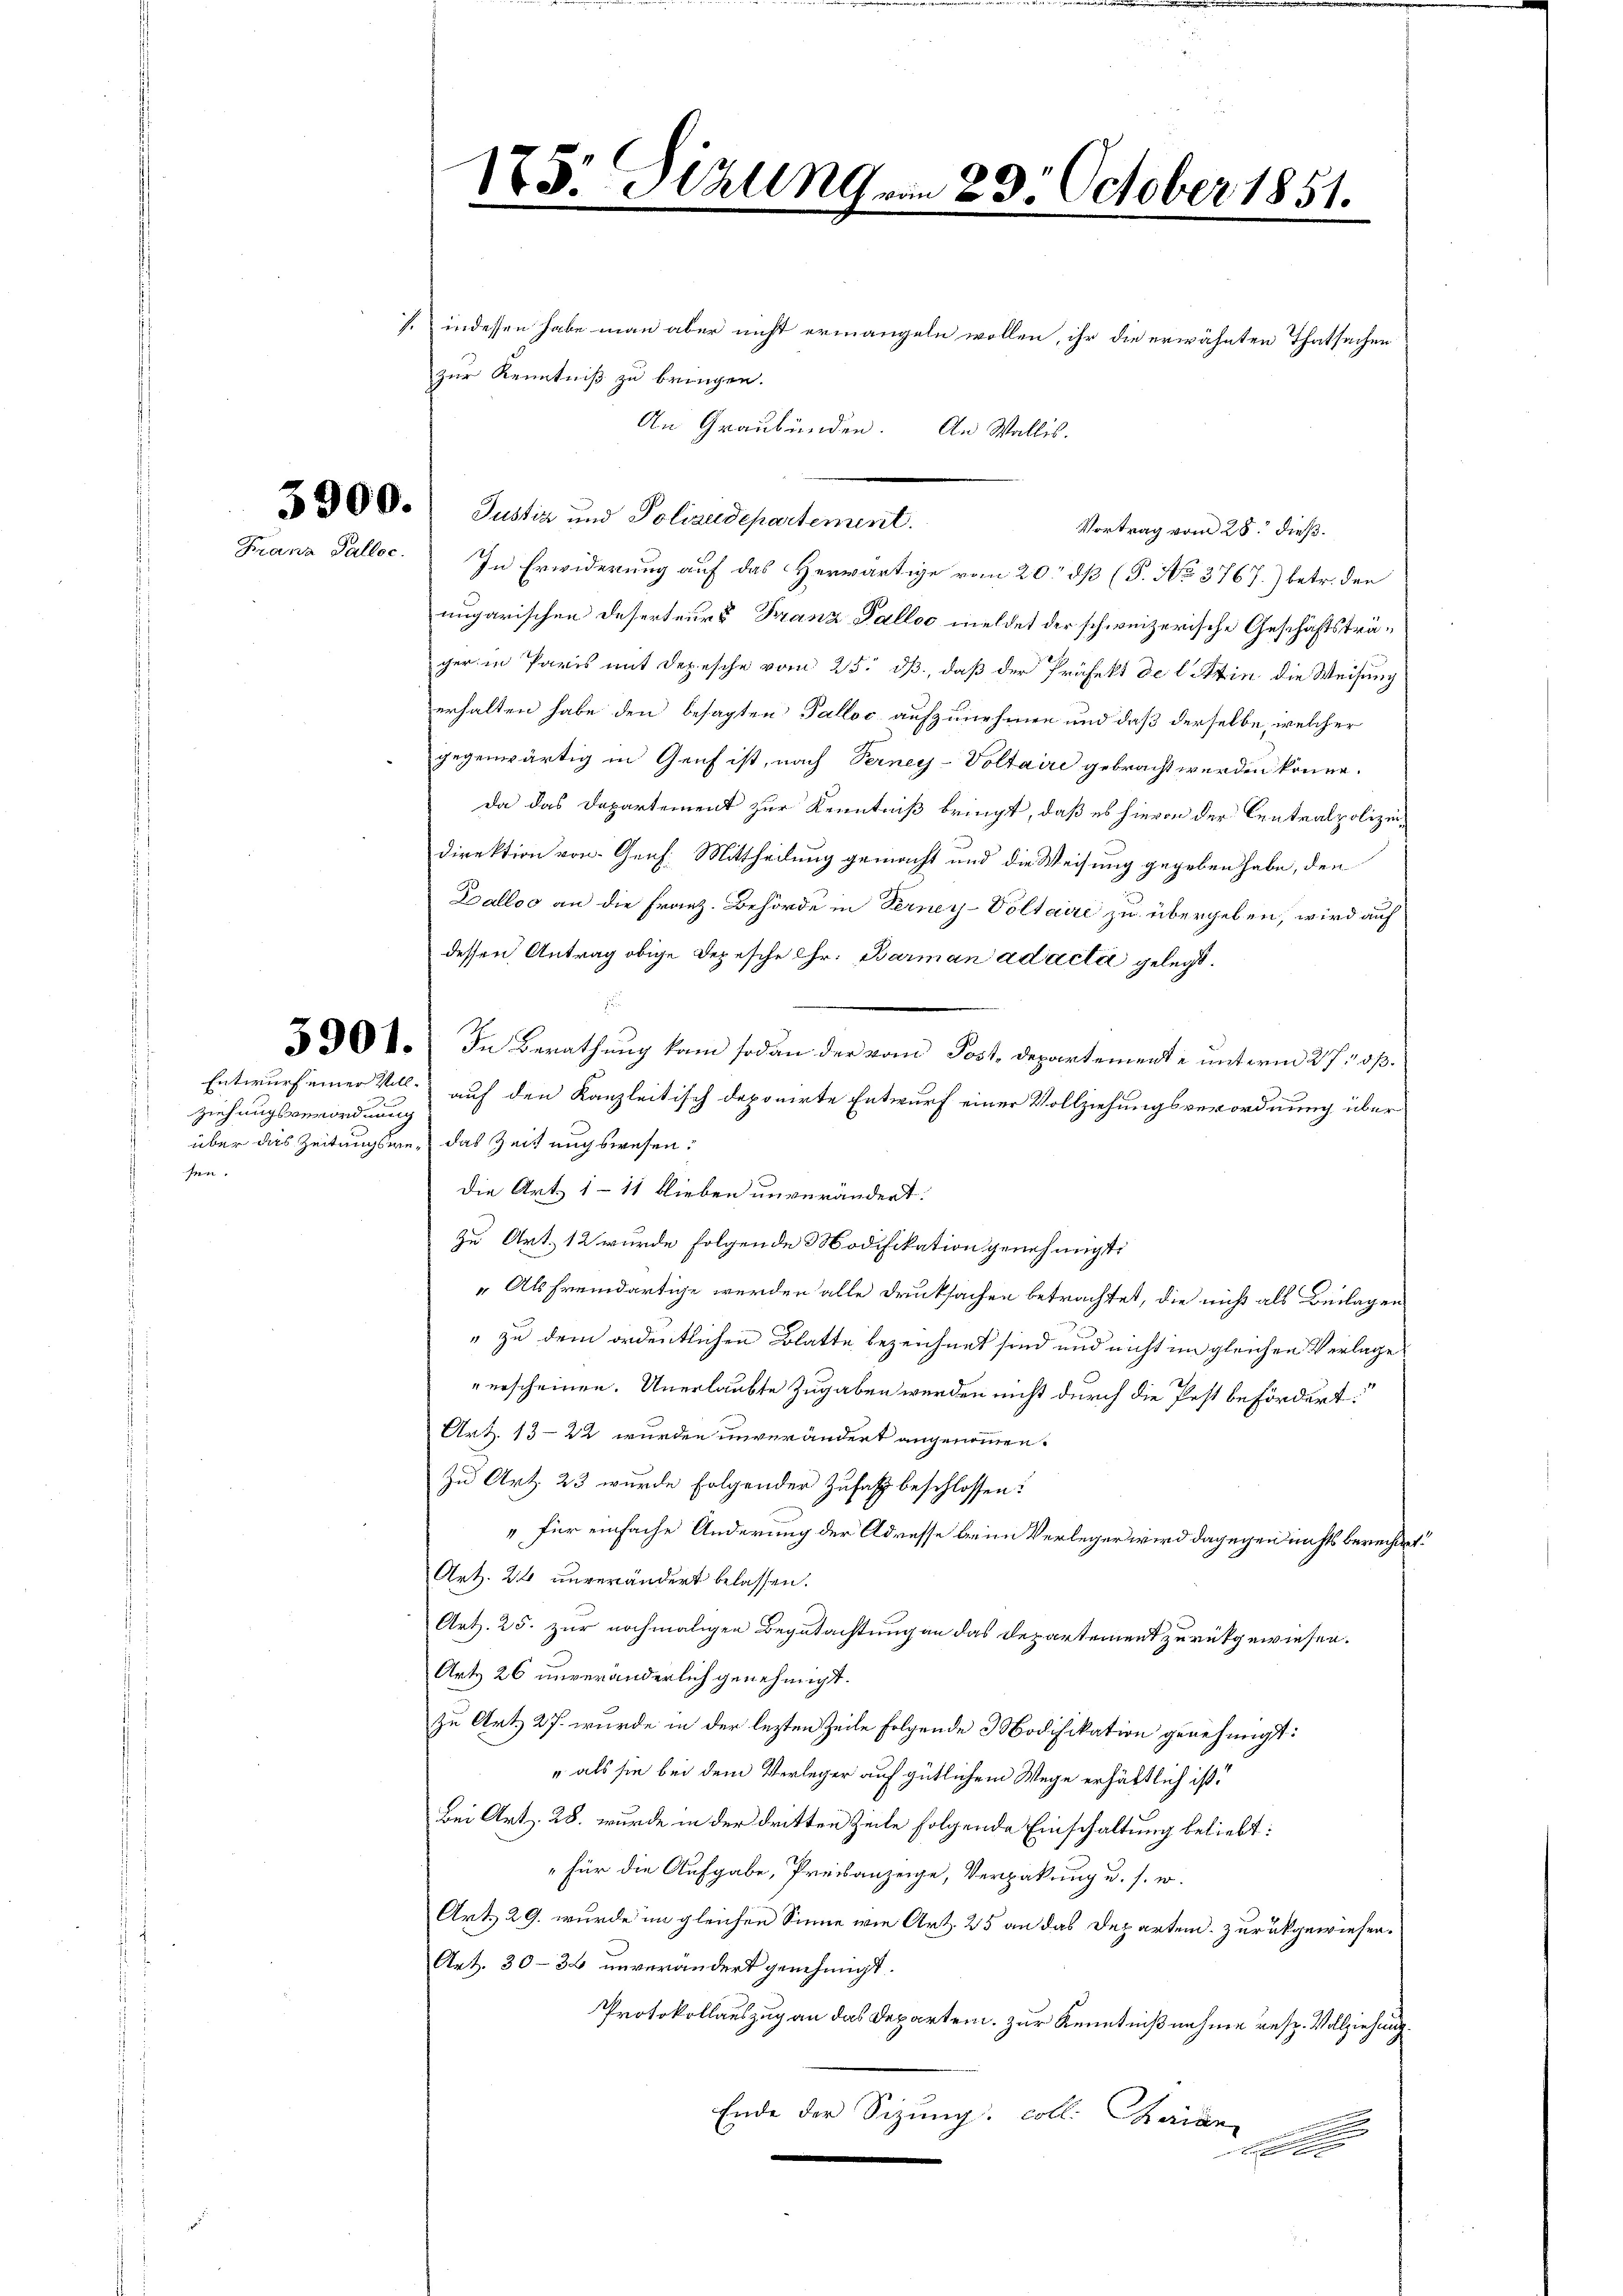
1. indessen habe man aber nicht ermangeln wollen, ihr die erwähnten Thatsachen
zur Kenntniß zu bringen.
Franz Palloc. In Erwiderung auf das Herwärtige vom 20. dß (P. No 3767.) betr. den
ungarischen Deserteurs Franz Palloo meldet der schweizerische Geschäftsträger in Paris mit Depesche vom 25. dß, daß der Präfekt de l. in die Weisung
erhalten habe den besagten Talloc aufzunehmen und daß derselbe, welcher
gegenwärtig in Genf ist, nach Verney-Voltaire gebracht werden könne.
Da das Departement zur Kenntniß bringt, daß es hievon der Centralpolizeidirektion von Genf. Mittheilung gemacht und die Weisung gegeben habe, den
Dalloo an die Franz. Behörde in Terney-Voltaire zu übergeben, wird auf
dessen Antrag obige Depesche Chr. Barman ad acta gelegt.
§ 304. In Berathŭng kam sodann der vom Post, departemente unterm 27 t op.
Entwurf einer Voll- auf den Kanzleitisch deponirte Entwurf einer Vollziehungsverordnung über
über das Zeitungsre, das Zeitungswesen:
Die Art. 1 - 11 blieben unverändert.
zu Art. 12 wurde folgende Modifikation genehmigt:
„Als fremdartige werden alle Drucksachen betrachtet, die nicht als Beilagen
" zu dem ordentlichen Blatte bezeichnet sind und nicht im gleichen Verlage
erscheinen. Unerlaubte Zugaben werden nicht durch die Pest befördert:
Art. 13-22 wurden unverändert angenommen.
Zu Art. 23 wurde folgender Zufas beschlossen:
" für einfache Änderung der Adresse beim Verleger wird dagegen nichts berechtet:
Art. 24 unverändert belassen.
Art. 25. zur nochmaligen Begutachtung an das Departement zurückgewiesen.
Art 26 unveränderlich genehmigt.
zu Art. 27. wurde in der lezten Zeile folgende 3 Nodifikation genehmigt:
" als sie bei dem Verleger auf gütlichem Wege erhältlich ist!
Bei Art. 28. wurde in der dritten Zeile folgende Einschaltung beliebt:
"Für die Aufgabe, Preisanzeige, Verpakung u. s. w.
Art. 29. wurde im gleichen Sinne wie Art. 25 an das Departend zurückgewiesen.
Art. 30-36 unverändert genehmigt.
Protokollauszug an das Departen. Zur Kenntnißnahme resp. Vollziehung.
Ende der Sizung: coll: Theilen
n

ziehungsverordnung
sen.

175. Sizung vom 23. October 1851.
d

300. Justiz und Poliaudepartement.

An Graubünden. An Wallis.

Vortrag vom 28. dieß.